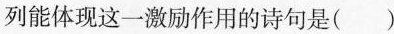
列能体现这一激励作用的诗句是( )